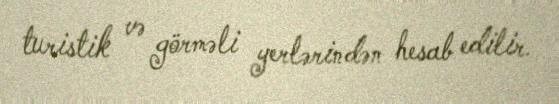
turistik və görməli yerlərindən hesab edilir.